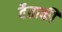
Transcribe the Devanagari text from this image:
वैताकी